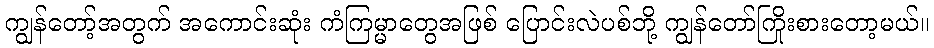
ကျွန်တော့်အတွက် အကောင်းဆုံး ကံကြမ္မာတွေအဖြစ် ပြောင်းလဲပစ်ဘို့ ကျွန်တော်ကြိုးစားတော့မယ်။